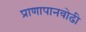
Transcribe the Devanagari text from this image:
प्राणापानवोढी